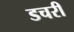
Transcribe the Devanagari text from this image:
डचरी